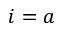
i = a